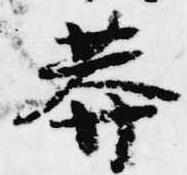
莽